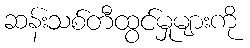
ဆန်းသစ်တီထွင်မှုများကို